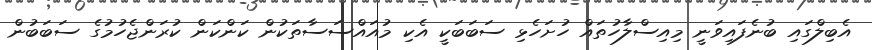
އެބިލްގައި ބުނެފައިވަނީ މިއިސްލާހުތައް ހުށަހެޅި ސަބަބަކީ އެކި މުއައްސަސާތަކުން ކަންކަން ކުރަންޖެހުމުގެ ސަބަބުން